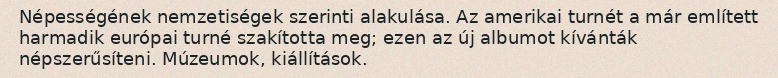
Népességének nemzetiségek szerinti alakulása. Az amerikai turnét a már említett harmadik európai turné szakította meg; ezen az új albumot kívánták népszerűsíteni. Múzeumok, kiállítások.